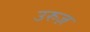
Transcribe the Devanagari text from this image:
उरुज़